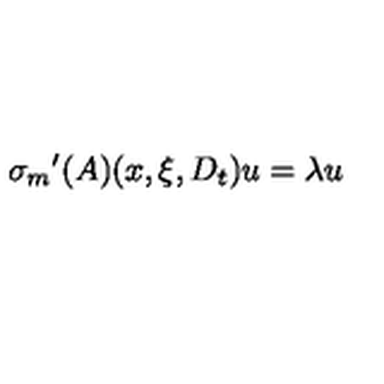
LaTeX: { { \sigma } _ { m } } ^ { \prime } ( A ) ( x , \xi , D _ { t } ) u = \lambda u